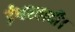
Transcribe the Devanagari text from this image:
ईश्वरवादी।